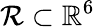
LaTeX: \mathcal{R}\subset\mathbb{R}^{6}